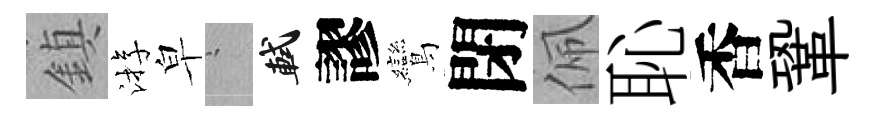
鎮㳺皁搖軾謬鸞閉佩恥香鞏